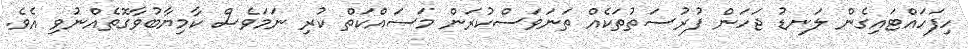
ހިފަހައްޓައިގެން ލަނޑު ޖަހަން ފުރުސަތުތަކެއް ތަނަވަސްކުރަން މަސައްކަތް ކުރި ނަމަވެސް ކާމިޔާބުވާގޮތެއްނުވި އެވެ.